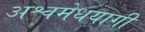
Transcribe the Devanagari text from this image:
अश्वमेधयागी